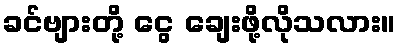
ခင်ဗျားတို့ ငွေ ချေးဖို့လိုသလား။